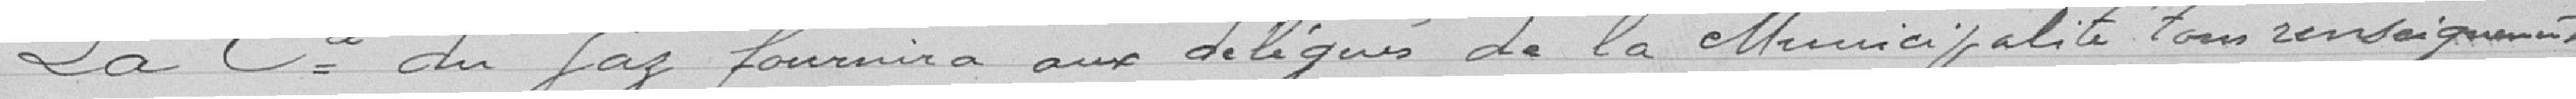
La Compagnie du Gaz fournira aux délégués de la Municipalité tous renseignements